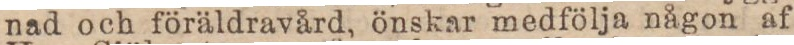
nad och föräldravård, önskar medfölja någon af